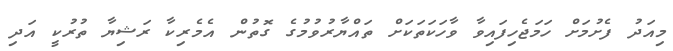
މިއަދު ފެށުމަށް ހަމަޖެހިފައިވާ ވާހަކަތަކަށް ތައްޔާރުވުމުގެ ގޮތުން އެމެރިކާ ރަޝިޔާ ތުރުކީ އަދި